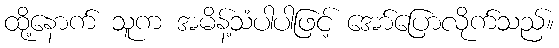
ထို့နောက် သူက အမိန့်သံပါပါဖြင့် အော်ပြောလိုက်သည်။